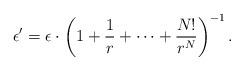
LaTeX: \begin{gather*}\epsilon'= \epsilon \cdot \left(1+\frac{1}{r}+\cdots+\frac{N!}{r^N}\right)^{-1}. \end{gather*}